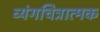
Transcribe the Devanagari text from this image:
व्यंगचित्रात्मक